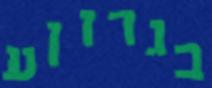
בגרזןע